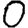
Digit: 0